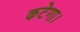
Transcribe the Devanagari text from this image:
कटेगा।